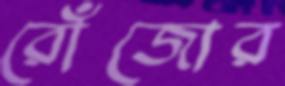
রোঁজোর